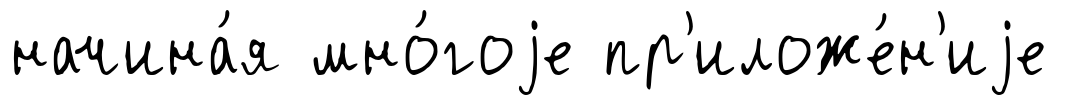
начина́я мно́гоjе пр'иложе́н'иjе